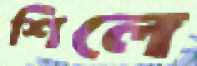
শিলে